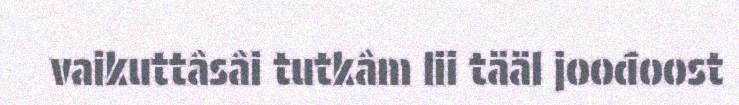
vaikuttâsâi tutkâm lii tääl joođoost